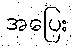
အပြေး